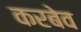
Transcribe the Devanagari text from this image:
करबेव